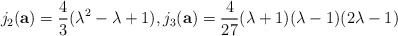
\begin{align*}j_2(\mathbf{a}) = \frac{4}{3} (\lambda^2 - \lambda + 1), j_3(\mathbf{a}) = \frac{4}{27} (\lambda + 1)(\lambda-1)(2\lambda -1)\end{align*}